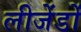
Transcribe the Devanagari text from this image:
लीजेंडों